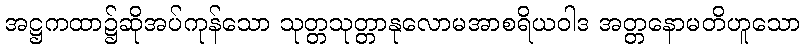
အဋ္ဌကထာ၌ဆိုအပ်ကုန်သော သုတ္တသုတ္တာနုလောမအာစရိယဝါဒ အတ္တနောမတိဟူသော